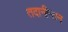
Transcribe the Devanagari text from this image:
तदानीन्तन